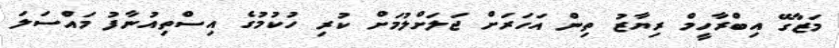
މަޒާގޭ އިބްރާހީމް ރިޔާޒު ތިން އަހަރަށް ޖަލަށްލުމަށް ކުރި ހުކުމުގެ އިސްތިއުނާފު މައްސަލަ